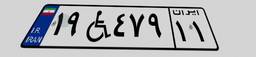
۳۱W۴۸۰۶۷